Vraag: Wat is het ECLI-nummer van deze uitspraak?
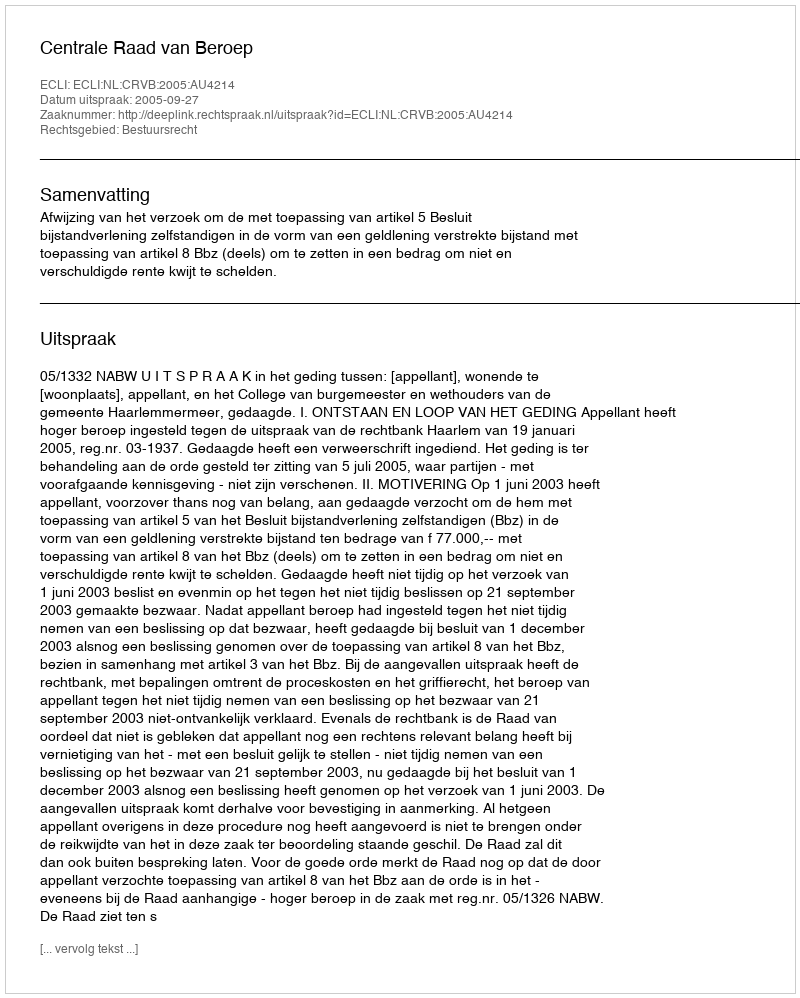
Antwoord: ECLI:NL:CRVB:2005:AU4214